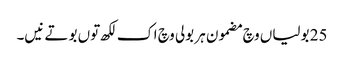
25 بولیاں وچ مضمون ہر بولی وچ اک لکھ توں بوتے نیں۔